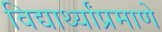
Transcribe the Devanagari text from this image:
विद्यार्थ्यांप्रमाणे